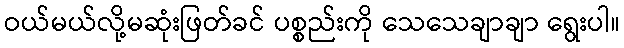
ဝယ်မယ်လို့မဆုံးဖြတ်ခင် ပစ္စည်းကို သေသေချာချာ ရွေးပါ။